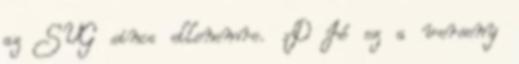
az SVG sincs ellenemre. :D Jó ez a verseny